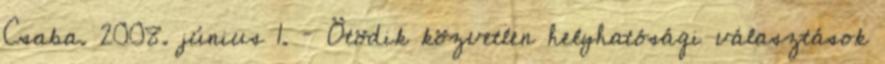
Csaba. 2008. június 1. – Ötödik közvetlen helyhatósági választások